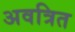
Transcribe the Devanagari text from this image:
अवत्रित